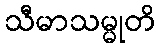
သီမာသမ္မုတိ